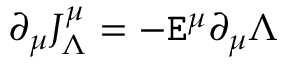
\partial _ { \mu } J _ { \Lambda } ^ { \mu } = - \mathtt { E } ^ { \mu } \partial _ { \mu } \Lambda